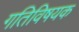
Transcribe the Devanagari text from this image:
गतिविषयक